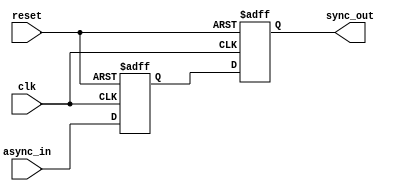
module TwoFF_Metastability_Detector (
    input wire clk,          // Synchronous clock signal
    input wire async_in,     // Asynchronous input signal
    input wire reset,        // Reset signal to initialize FFs
    output reg sync_out      // Synchronized output signal
);

// Internal signals for the outputs of the flip-flops
reg out1; // Output of the first flip-flop (FF1)
reg out2; // Output of the second flip-flop (FF2)

// First Flip-Flop (FF1)
always @(posedge clk or posedge reset) begin
    if (reset) begin
        out1 <= 1'b0; // Initialize to known state on reset
    end else begin
        out1 <= async_in; // Sample the asynchronous input on clock edge
    end
end

// Second Flip-Flop (FF2)
always @(posedge clk or posedge reset) begin
    if (reset) begin
        sync_out <= 1'b0; // Initialize to known state on reset
    end else begin
        sync_out <= out1; // Sample the output of the first FF
    end
end

endmodule